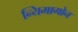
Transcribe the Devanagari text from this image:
न्यिमागोन